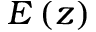
E \left( z \right)